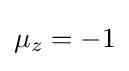
{\begin{aligned}\mu _{z}=-1\end{aligned}}